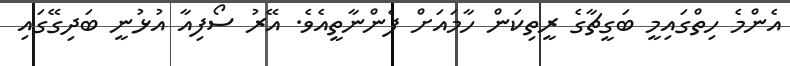
އެންމެ ހިތްގައިމީ ބަގީޗާގެ ރީތިކަން ހާމައަށް ފެންނާތީއެވެ. އޭރު ސޯފިއާ އުޅުނީ ބަދިގޭގައި